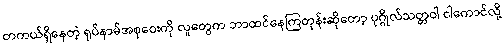
တကယ်ရှိနေတဲ့ ရုပ်နာမ်အစုဝေးကို လူတွေက ဘာထင်နေကြတုန်းဆိုတော့ ပုဂ္ဂိုလ်သတ္တဝါ ငါကောင်လို့